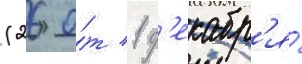
(26 о́т 1 д'екабр'я́